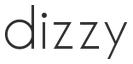
dizzy